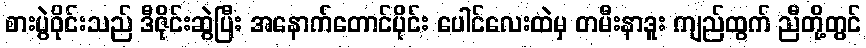
စားပွဲဝိုင်းသည် ဒီဇိုင်းဆွဲပြီး အနောက်တောင်ပိုင်း ပေါင်လေးထဲမှ တမီးနာဒူး ကျည်ထွက် ညီတို့တွင်